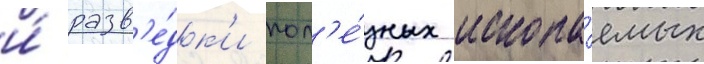
и́ разв'е́дк'и пол'е́зных ископа́емых